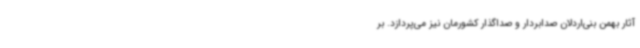
آثار بهمن بنی‌اردلان صدابردار و صداگذار کشورمان نیز می‌پردازد. بر